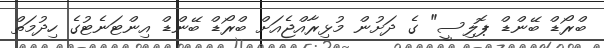
ބްރޯޑް ބޭންޑް ޕޮލިސީ" ގެ ދަށުން މުޅިރާއްޖެއަށް ބްރޯޑް ބޭންޑް އިންޓަނެޓުގެ ހިދުމަތް